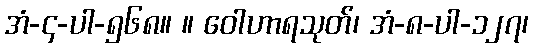
အံ-၄-ပါ-၅၆၈။ ။ ဝေါဟာရသုတ်၊ အံ-၈-ပါ-၁၂၇၊